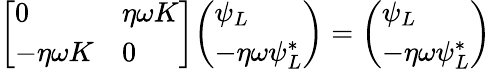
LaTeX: {\left[\begin{array}{ll}{0}&{\eta\omega K}\\ {-\eta\omega K}&{0}\end{array}\right]}{\left(\begin{array}{l}{\psi_{L}}\\ {-\eta\omega\psi_{L}^{*}}\end{array}\right)}={\left(\begin{array}{l}{\psi_{L}}\\ {-\eta\omega\psi_{L}^{*}}\end{array}\right)}